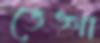
ভেঙ্গা